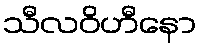
သီလဝိဟီနော